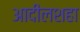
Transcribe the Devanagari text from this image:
आदीलशहा